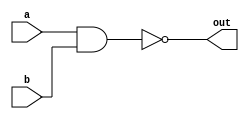
module Nand(input a, b, output out);
  nand g1(out, a, b);
endmodule

module Not(input in, output out);
  Nand g1(in, in, out);
endmodule

module Or(input a, b, output out);
  Not g1(a, nota);
  Not g2(b, notb);
  Nand g3(nota, notb, out);
endmodule

module Xor(input a, b, output out);
  Nand g1(a, b, AnandB);
  Or   g2(a, b, AorB);
  And  g3(AnandB, AorB, out);
endmodule

module And(input a, b, output out);
  Nand g1(a, b, AnandB);
  Nand g2(AnandB, AnandB, out);
endmodule

module Or8Way(input[7:0] in, output out);
  Or g1(in[7], in[6], or76);
  Or g2(in[5], in[4], or54);
  Or g3(in[3], in[2], or32);
  Or g4(in[1], in[0], or10);
  Or g5(or76, or54, or74);
  Or g6(or32, or10, or30);
  Or g7(or74, or30, out);
endmodule